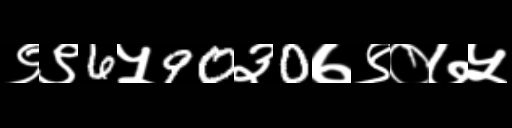
Text: ९९6५90३0७९०७५